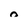
Character: 0